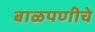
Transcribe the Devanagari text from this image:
बाळपणीचे